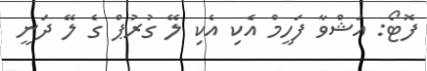
ފޮޓޯ: އަޝްވާ ފަހީމް އެކި އެކި ލޭ ގުރުޕް ގެ ލޭ ދަނީ